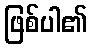
ဖြစ်ပါ၏